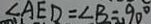
\angle A E D = \angle B = 9 0 ^ { \circ }